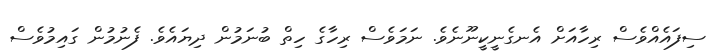
ސިފައެއްވެސް ރިހާއަށް އެނގެނީކީނޫނެވެ. ނަމަވެސް ރިހާގެ ހިތް ބުނަމުން ދިޔައެވެ. ފެނުމުން ގައިމުވެސް